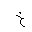
Letter: _kha